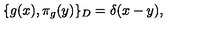
\{ g ( x ) , \pi _ { g } ( y ) \} _ { D } = \delta ( x - y ) ,